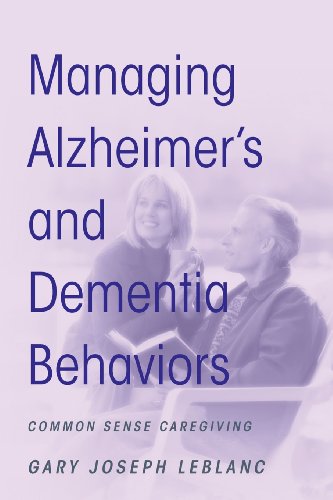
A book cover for Managing Alzheimer's and Dementia Behaviors: Common Sense Caregiving; Gary Joseph LeBlanc; Health, Fitness & Dieting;